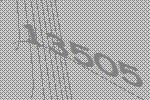
13505